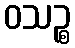
ဝသဉ္စ